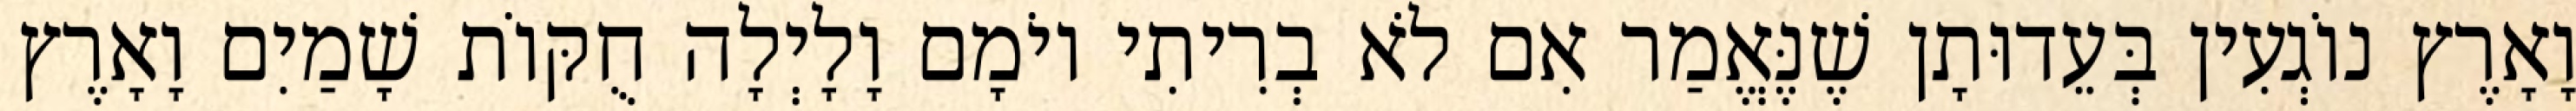
וָאָרֶץ נוֹגְעִין בְּעֵדוּתָן שֶׁנֶּאֱמַר אִם לֹא בְרִיתִי יוֹמָם וָלָיְלָה חֻקּוֹת שָׁמַיִם וָאָרֶץ